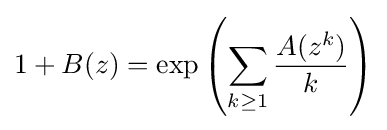
1+B(z)=\exp \left(\sum _{k\geq 1}{\frac {A(z^{k})}{k}}\right)